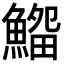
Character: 𩺜